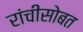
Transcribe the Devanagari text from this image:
रांचीसोबत